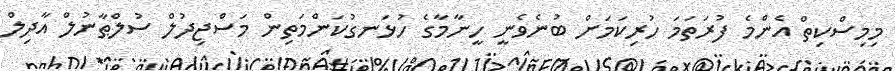
މިމިސްކިތް އެންމެ ފުރަތަމަ ހުރިކަމަށް ބުނެވެނީ ހީނާމާގެ ހުޅަނގުކަންމަތިން މަސްޖިދުލް ސުލްޠާނުލް އާދިލް